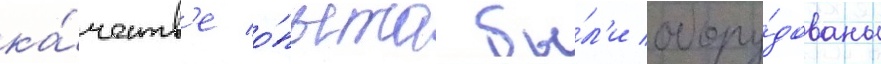
ка́честв'е о́пыта бы́л'и обору́дованы